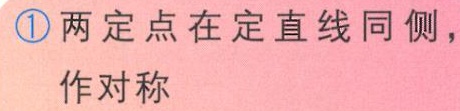
\textcircled{1}两定点在定直线同侧，

作对称